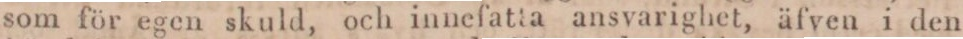
som för egen skuld, och innefatta ansvarighet, äfven i den